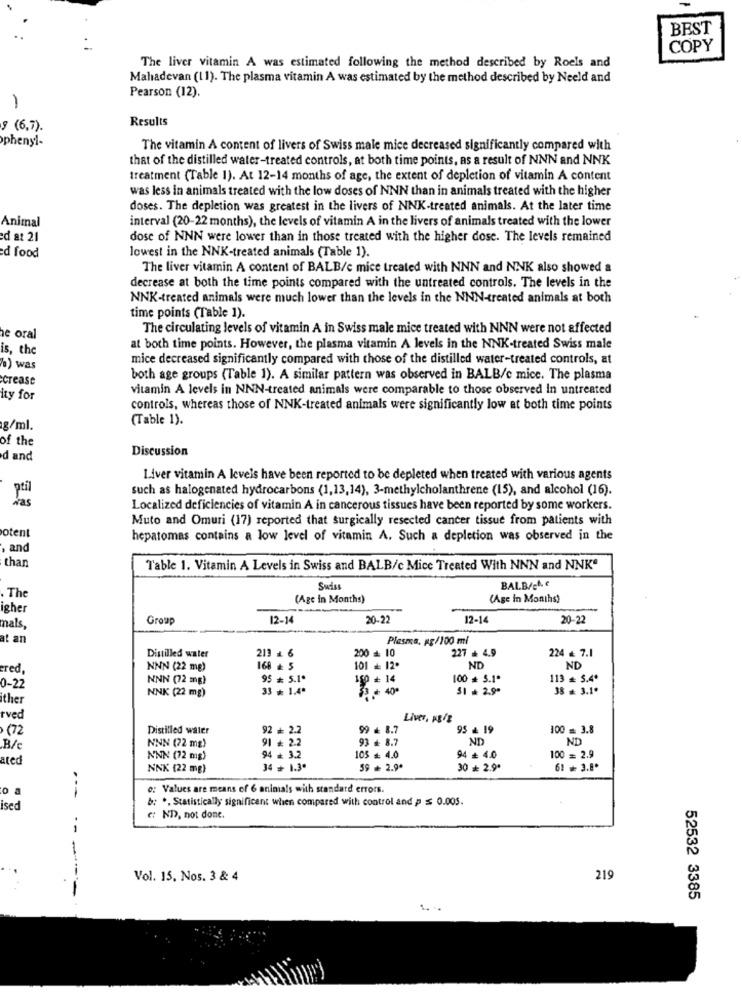
BEST
COPY
The liver vitamin A was estimated following the method described by Roels and
Mahadevan (11). The plasma vitamin A was estimated by the method described by Neeld and
Pearson (12).
-
Results
9 (6,7).
phenyl-
The vitamin A content of livers of Swiss male mice decreased significantly compared with
that of the distilled water-treated controls, at both time points, as a result of NNN and NNK
treatment (Table 1). At 12-14 months of age, the extent of depletion of vitamin A content
was less in animals treated with the low doses of NNN than in animals treated with the higher
doses. The depletion was greatest in the livers of NNK-treated animals. At the later time
interval (20-22 months), the levels of vitamin A in the livers of animals treated with the lower
Animal
ed at 21
dose of NNN were lower than in those treated with the higher dose. The levels remained
lowest in the NNK-treated animals (Table 1).
ed food
The liver vitamin A content of BALB/c mice treated with NNN and NNK also showed a
decrease at both the time points compared with the untreated controls. The levels in the
NNK-treated animals were much lower than the levels in the NNN-treated animals at both
time points (Table 1).
The circulating levels of vitamin A in Swiss male mice treated with NNN were not affected
he oral
is, the
at both time points. However, the plasma vitamin A levels in the NNK-treated Swiss male
mice decreased significantly compared with those of the distilled water-treated controls, at
%) was
crease
both age groups (Table 1). A similar pattern was observed in BALB/c mice. The plasma
vitamin A levels in NNN-treated animals were comparable to those observed In untreated
ity for
controls, whereas those of NNK-treated animals were significantly low at both time points
(Table 1).
1g/ml.
of the
Discussion
d and
Liver vitamin A levels have been reported to be depleted when treated with various agents
such as halogenated hydrocarbons (1,13,14), 3-methylcholanthrene (15), and alcohol (16).
Localized deficiencies of vitamin A in cancerous tissues have been reported by some workers.
Muto and Omuri (17) reported that surgically resected cancer tissue from patients with
otent
hepatomas contains a low level of vitamin A. Such a depletion was observed in the
, and
than
Table 1. Vitamin A Levels in Swiss and BALB/c Mice Treated With NNN and NNKª
Swiss
BALB/che
The
(Age in Months)
(Age in Months)
igher
Group
12-14
20-22
12-14
20-22
mals,
at an
Plasma, pg/100 ml
213 - 6
200 + 10
227 + 4.9
224 ₺ 7.1
Distilled water
ered,
NNN (22 mg)
168 = 5
101 = 12.
ND
ND
NNN (72 mg)
95 * 5.1º
199 + 14
100 + 5.1º
113 = 5.4º
0-22
NNK (22 mg)
33 + 1.4º
33 + 40
51 + 2.9ª
38 . 3.1.
ither
rved
Liver, pg/2
,(72
Distilled water
92 # 2.2
99 + 8.7
95 & 19
100 = 3.8
NNN (72 mg)
91 # 2.2
93 - 8.7
ND
ND
B/C
ated
NNN (72 mg)
94 = 3.2
105 = 4.0
94 ₺ 4.0
100 = 2.9
NNK (22 mg)
34 + 1.3.
59 + 2.9º
30 * 2.9º
61 . 3.8.
o: Values are means of 6 animals with standard errors.
---
b: *, Statistically significant when compared with control and p ≤ 0.005.
ised
e; ND, not done.
Vol. 15. Nos. 3 & 4
219
---
52532 3385
1. .